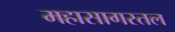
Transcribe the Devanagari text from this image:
महासागरतल